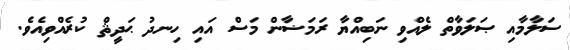
ސަލާމާއި ޞަލަވާތް ލެއްވި ނަބިއްޔާ ރަމަޟާން މަސް އައި ހިނދު ޙަދީޘް ކުރެއްވިއެވެ.